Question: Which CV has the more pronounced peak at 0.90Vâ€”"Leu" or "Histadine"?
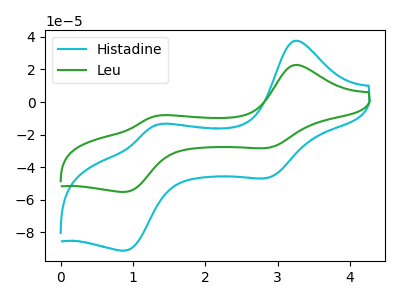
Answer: <think>The cyan curve "Histadine" has anodic peaks at (3.25V, 37.45uA) (1.30V, -14.25uA) and cathodic peaks at (2.85V, -46.60uA) (0.90V, -91.10uA). The green curve "Leu" has anodic peaks at (3.25V, 22.65uA) (1.30V, -8.60uA) and cathodic peaks at (2.85V, -28.15uA) (0.90V, -55.10uA).</think>
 <answer>The peak at 0.90V is lower in "Leu" than in "Histadine".</answer>
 <eval>lower</eval>